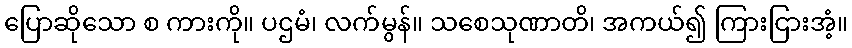
ပြောဆိုသော စ ကားကို။ ပဌမံ၊ လက်မွန်။ သစေသုဏာတိ၊ အကယ်၍ ကြားငြားအံ့။